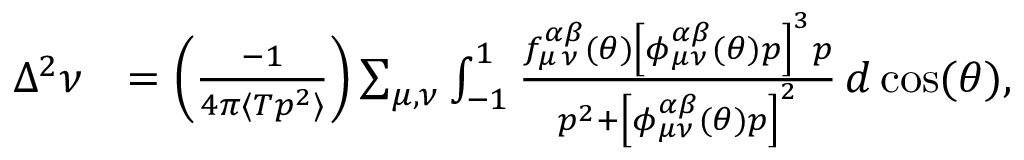
\begin{array} { r l } { \Delta ^ { 2 } \nu } & { = \left( \frac { - 1 } { 4 \pi \langle T p ^ { 2 } \rangle } \right) \sum _ { { \mu } , { \nu } } \int _ { - 1 } ^ { 1 } \frac { f _ { { \mu } \, { \nu } } ^ { \alpha \beta } ( \theta ) \left[ \phi _ { { \mu } { \nu } } ^ { \alpha \beta } ( \theta ) p \right] ^ { 3 } p } { p ^ { 2 } + \left[ \phi _ { { \mu } { \nu } } ^ { \alpha \beta } ( \theta ) p \right] ^ { 2 } } \, d \cos ( \theta ) , } \end{array}